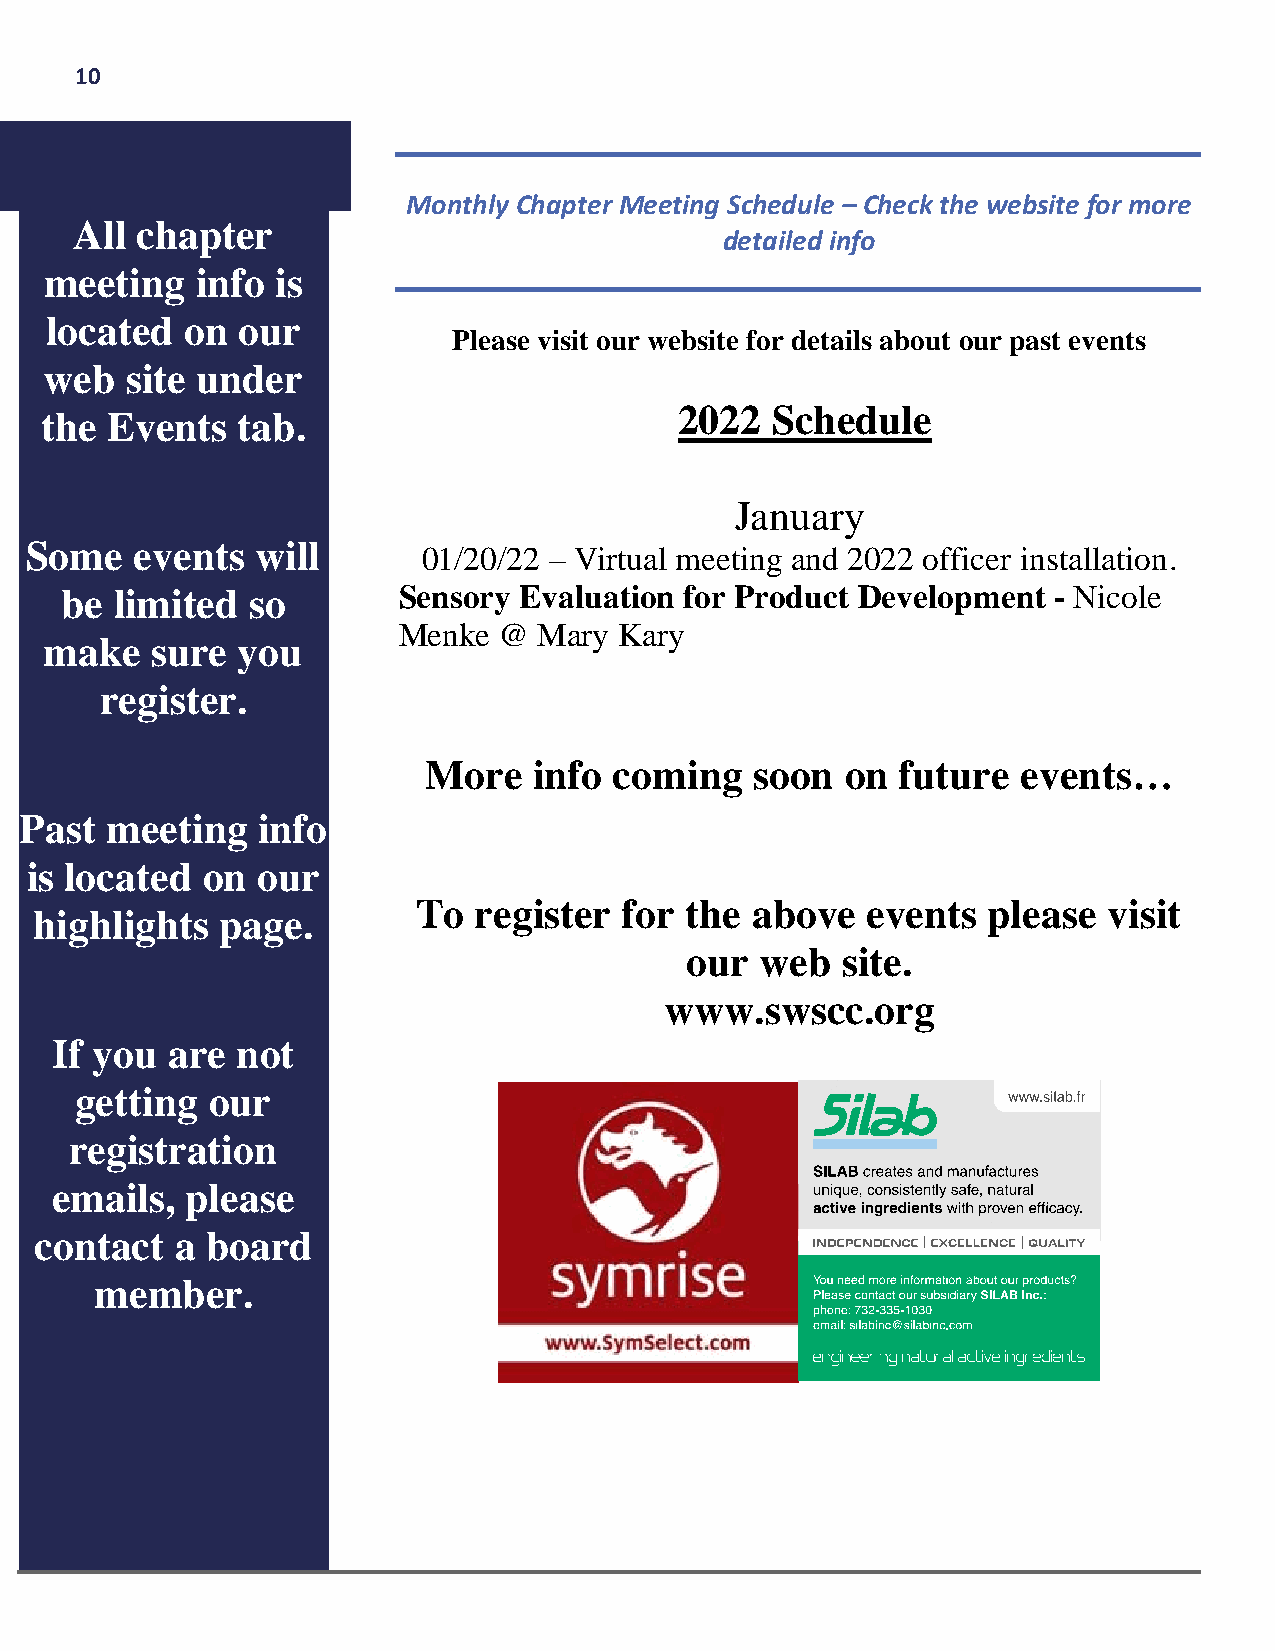
10
 Monthly Chapter Meeting Schedule – Check the website for more
 All chapter
 detailed info
 meeting   info is
 located  on  our
 Please visit our website for details about our past events
 web  site under
 2022  Schedule
 the Events   tab.
 January
 Some   events  will
 01/20/22 – Virtual meeting and 2022 officer installation.
 be  limited so        Sensory Evaluation for Product Development  - Nicole
 Menke  @  Mary Kary
 make   sure  you
 register.
 More   info  coming   soon  on  future  events…
 Past  meeting   info
 is located on  our
 To register  for the  above  events  please  visit
 highlights   page.
 our  web   site.
 www.swscc.org
 If you  are  not
 getting  our
 registration
 emails,  please
 contact   a board
 member.